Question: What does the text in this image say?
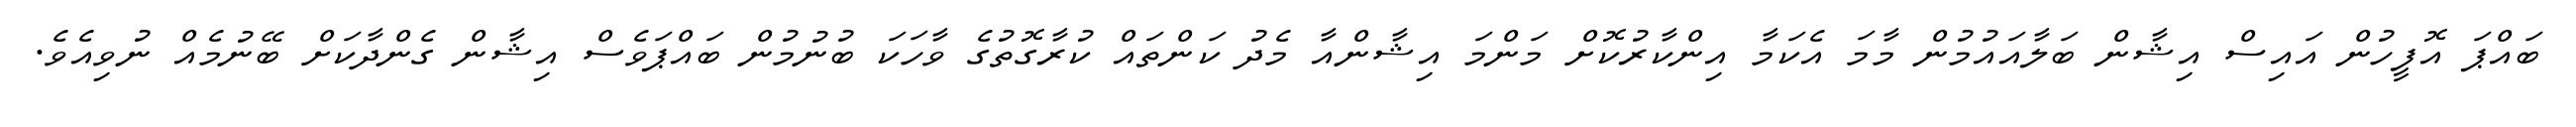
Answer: ބައްޕަ އޮފީހުން އައިސް އިޝާން ބަލާއައުމުން މާމަ އެކަމާ އިންކާރުކޮށް މަންމަ އިޝާންއާ މެދު ކަންތައް ކުރާގޮތުގެ ވާހަކަ ބުނުމުން ބައްޕަވެސް އިޝާން ގެންދާކަށް ބޭނުމެއް ނުވިއެވެ.